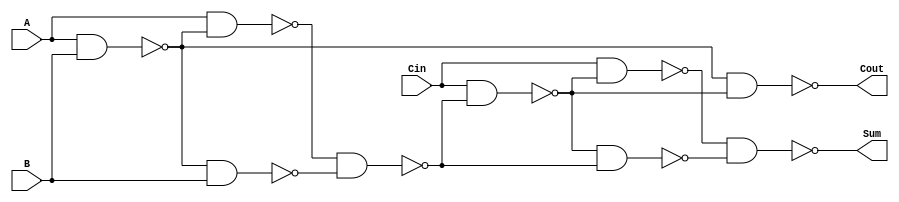

module FA (
    input Cin, A, B,
    output Cout, Sum);

    // internal wires 
    wire w1,w2,w3,w4,w5,w6,w7;

    nand U1 (w1, A, B);
    nand U2 (w2, A, w1);
    nand U3 (w3, w1, B);
    nand U4 (w4, w2, w3);
    nand U5 (w5, Cin, w4);
    nand U6 (w6, w5, w4);
    nand U7 (w7, Cin, w5);
    nand U8 (Sum, w7, w6);
    nand U9 (Cout, w1, w5);
    
endmodule